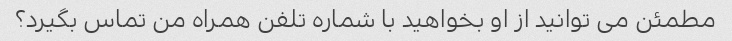
مطمئن می توانید از او بخواهید با شماره تلفن همراه من تماس بگیرد؟